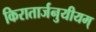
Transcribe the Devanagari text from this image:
किरातार्जनुयीयम्‌